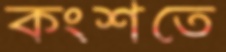
কংশতে